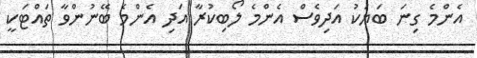
އެންމެ ގިނަ ބަޔަކު އަދިވެސް އެންމެ ލޯބިކުރާ އަދި އެންމެ ބޭނުންވާ ތައްޓަކީ